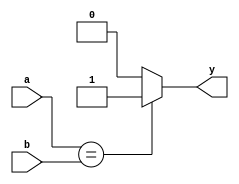
`timescale 1ns / 1ps
//////////////////////////////////////////////////////////////////////////////////
// Company: 
// Engineer: 
// 
// Design Name: 
// Module Name: eqcmp
// Project Name: 
// Target Devices: 
// Tool Versions: 
// Description: 
// 
// Dependencies: 
// 
// Revision:
// Revision 0.01 - File Created
// Additional Comments:
// 
//////////////////////////////////////////////////////////////////////////////////


module eqcmp(
	input wire [31:0] a,b,
	output wire y
    );

	assign y = (a == b) ? 1 : 0;
endmodule